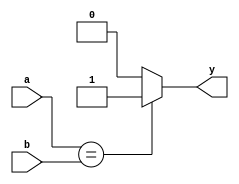
`timescale 1ns / 1ps
//////////////////////////////////////////////////////////////////////////////////
// Company: 
// Engineer: 
// 
// Design Name: 
// Module Name: eqcmp
// Project Name: 
// Target Devices: 
// Tool Versions: 
// Description: 
// 
// Dependencies: 
// 
// Revision:
// Revision 0.01 - File Created
// Additional Comments:
// 
//////////////////////////////////////////////////////////////////////////////////


module eqcmp(
	input wire [31:0] a,b,
	output wire y
    );

	assign y = (a == b) ? 1 : 0;
endmodule